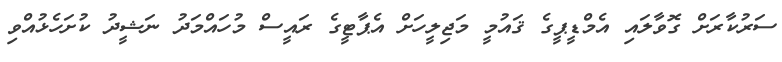
ސަރުކާރަށް ގޮވާލައި އެމްޑީޕީގެ ޤައުމީ މަޖިލީހަށް އެޕާޓީގެ ރައީސް މުހައްމަދު ނަޝީދު ކުށަހެޅުއްވި